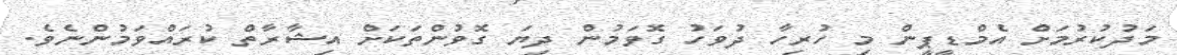
މަދުކުރުމަށް އެމްޑީޕީން މި ހުރިހާ ދުވަހު ގޮވަމުން ދިޔަ ގޮވުންތަކަށް އިޝާރާތް ކުރައްވަމުންނެވެ.